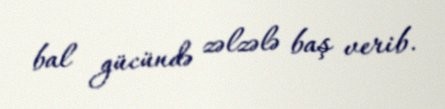
bal gücündə zəlzələ baş verib.